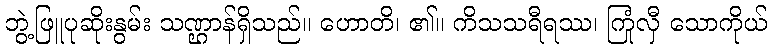
ဘွဲ့ဖြူပုဆိုးနွမ်း သဏ္ဌာန်ရှိသည်။ ဟောတိ၊ ၏။ ကိသသရီရဿ၊ ကြုံလှီ သောကိုယ်